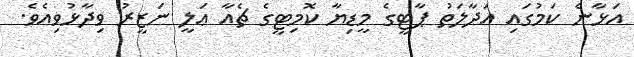
އަޅާނެ ކަމުގައި އަދާލަތު ޕާޓީގެ މީޑިޔާ ކޮމިޓީގެ ޗެއާ ޢަލީ ނަޒީރު ވިދާޅުވިއެވެ.